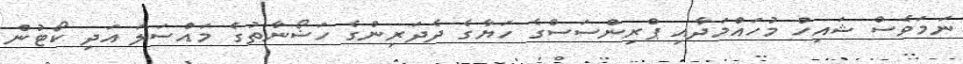
ނަމަވެސް ޝައިހް މުހައްމަދާއި ޕްރިންސަސްގެ ހަޔާގެ ދެދަރިންގެ ހަޟޯނާތުގެ މައްސަލަ އަދި ކޯޓުން